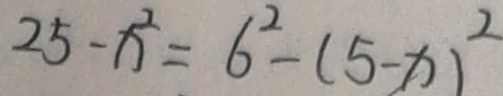
2 5 - x ^ { 2 } = 6 ^ { 2 } - ( 5 - x ) ^ { 2 }